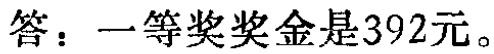
答：一等奖奖金是392元。